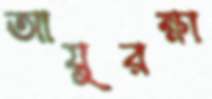
আয়ুরক্ষা